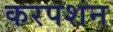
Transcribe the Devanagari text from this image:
करपशन